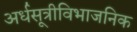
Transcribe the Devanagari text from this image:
अर्धसूत्रीविभाजनिक